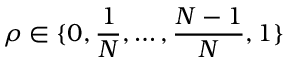
\rho \in \{ 0 , \frac { 1 } { N } , \ldots , \frac { N - 1 } { N } , 1 \}